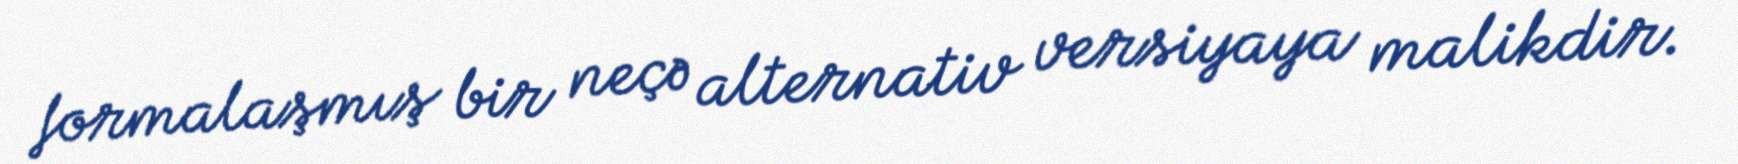
formalaşmış bir neçə alternativ versiyaya malikdir.